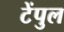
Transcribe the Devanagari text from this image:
टेंपुल